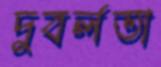
দুবর্লতা